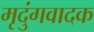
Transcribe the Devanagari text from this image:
मृदुंगवादक